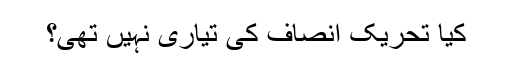
کیا تحریک انصاف کی تیاری نہیں تھی؟